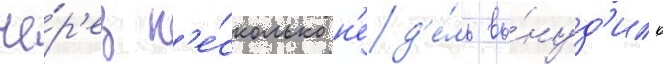
че́р'ез н'е́сколько н'ед'е́ль вы́нуд'ило